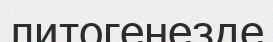
литогенезде